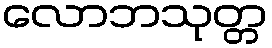
လောဘသုတ္တ